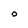
Character: O